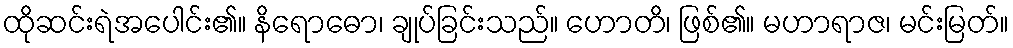
ထိုဆင်းရဲအပေါင်း၏။ နိရောဓော၊ ချုပ်ခြင်းသည်။ ဟောတိ၊ ဖြစ်၏။ မဟာရာဇ၊ မင်းမြတ်။